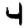
Digit: 4